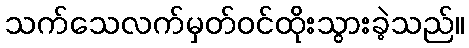
သက်သေလက်မှတ်ဝင်ထိုးသွားခဲ့သည်။